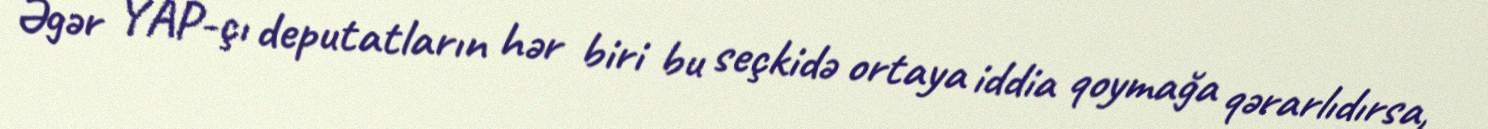
Əgər YAP-çı deputatların hər biri bu seçkidə ortaya iddia qoymağa qərarlıdırsa,